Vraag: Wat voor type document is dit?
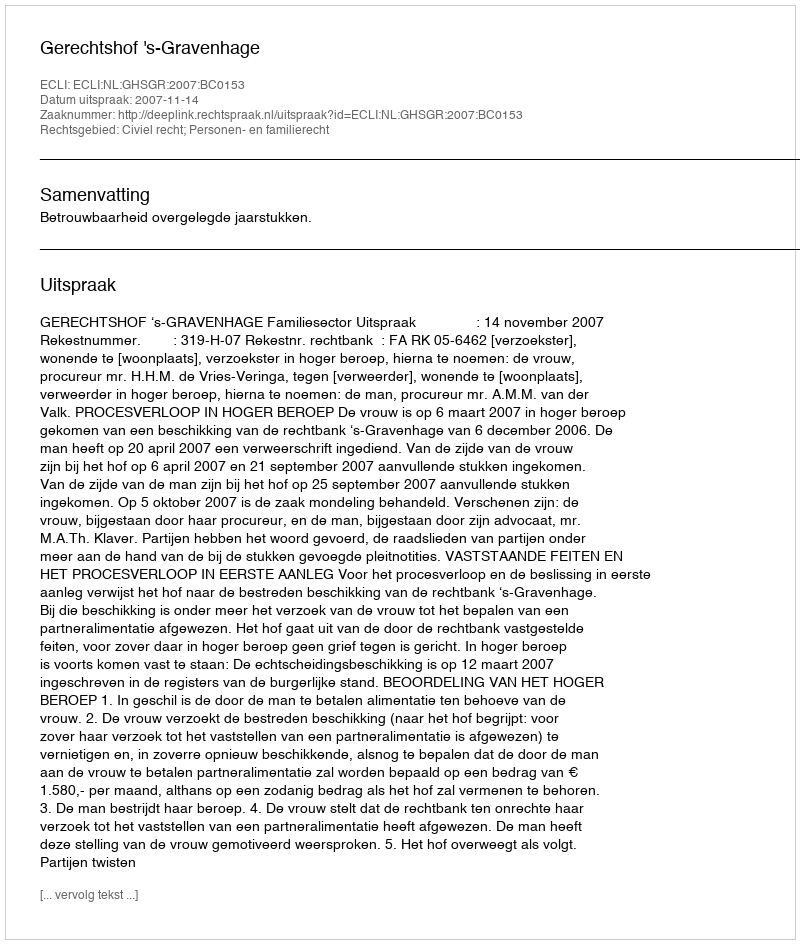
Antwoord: Uitspraak